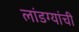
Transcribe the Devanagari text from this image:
लांडग्यांची